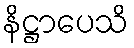
နိဋ္ဌာပေသိ